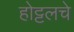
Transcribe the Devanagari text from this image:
होट्टलचे